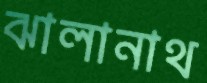
ঝালানাথ